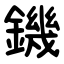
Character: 鐖